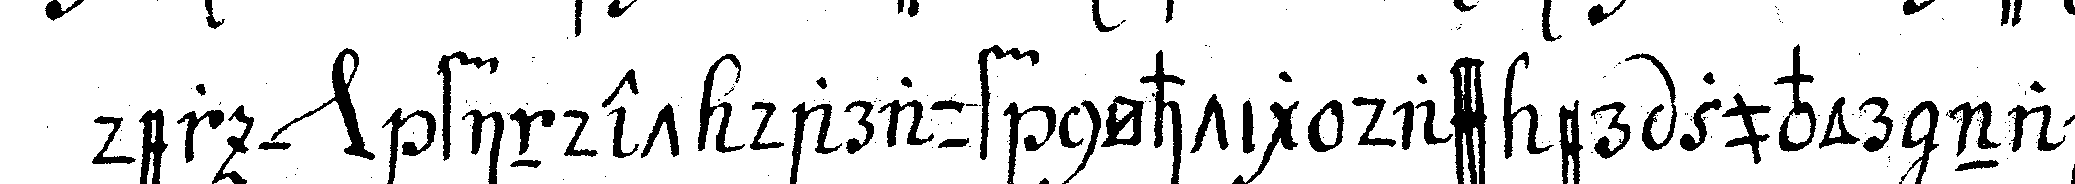
der *nee* findet darauf nöhtig dass er zuvor nach